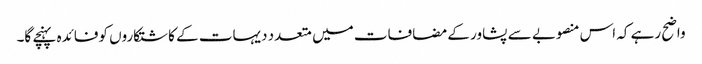
واضح رہے کہ اس منصوبے سے پشاور کے مضافات میں متعدد دیہات کے کاشتکاروں کوفائدہ پہنچے گا۔